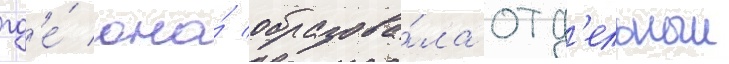
гд'е́ она́ образова́ла отд'ельныи